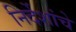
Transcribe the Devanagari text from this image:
निर्देशांचे